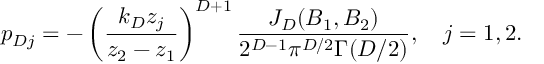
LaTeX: p _ { D j } = - \left( \frac { k _ { D } z _ { j } } { z _ { 2 } - z _ { 1 } } \right) ^ { D + 1 } \frac { J _ { D } ( B _ { 1 } , B _ { 2 } ) } { 2 ^ { D - 1 } \pi ^ { D / 2 } \Gamma ( D / 2 ) } , \quad j = 1 , 2 .